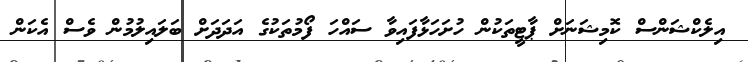
އިލެކްޝަންސް ކޮމިޝަނަށް ޕާޓީތަކުން ހުށަހަޅާފައިވާ ސައްހަ ފޯމުތަކުގެ އަދަދަށް ބަލައިލުމުން ވެސް އެކަން